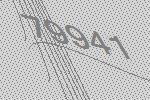
79941